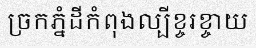
ច្រកភ្នំដីកំពុងល្បីខ្ចរខ្ចាយ